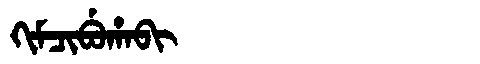
Manchu: ᡴᡳᠮᠴᡳᠪᡠᡥᠠᠪᡳ
Romanization: KIMCIBUHABI